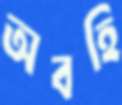
অবহি